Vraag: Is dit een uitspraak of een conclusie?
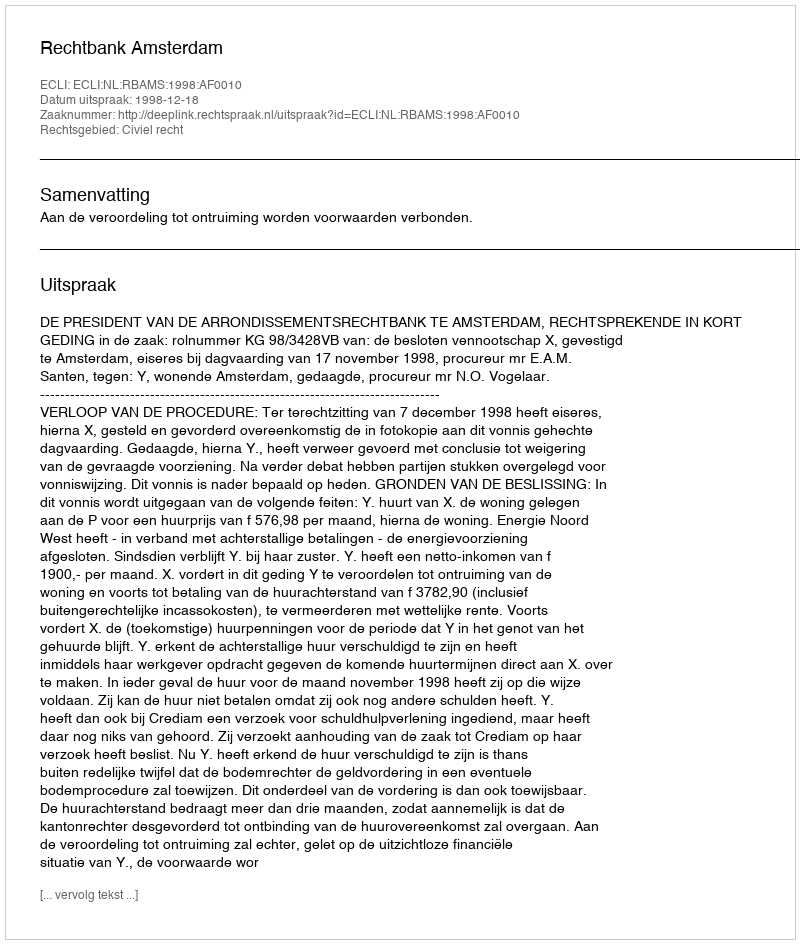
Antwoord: Uitspraak